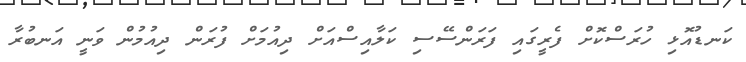
ކަނޑުއޮޅި ހުރަސްކޮށް ފެރީގައި ފަރަންސޭސި ކަލާއިސްއަށް ދިއުމަށް ފުރަން ދިއުމުން ވަނީ އަނބުރާ